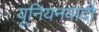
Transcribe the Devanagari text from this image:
यूनियनवादी